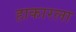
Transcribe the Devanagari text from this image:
हाकारला